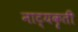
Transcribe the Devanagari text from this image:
नाट्यकॄती